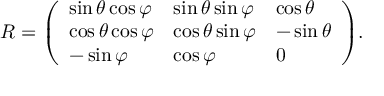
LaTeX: R = { \left( \begin{array} { l l l } { \sin \theta \cos \varphi } & { \sin \theta \sin \varphi } & { \cos \theta } \\ { \cos \theta \cos \varphi } & { \cos \theta \sin \varphi } & { - \sin \theta } \\ { - \sin \varphi } & { \cos \varphi } & { 0 } \end{array} \right) } .